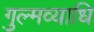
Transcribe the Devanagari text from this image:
गुल्मव्याधि